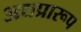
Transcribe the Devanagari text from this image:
अद्यप्रारूप